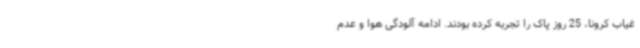
غیاب کرونا، 25 روز پاک را تجربه کرده بودند. ادامه آلودگی هوا و عدم